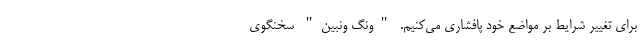
برای تغییر شرایط بر مواضع خود پافشاری می‌کنیم. "ونگ ونبین" سخنگوی